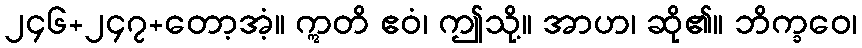
၂၄၆+၂၄၇+တော့အံ့။ ဣတိ ဧဝံ၊ ဤသို့။ အာဟ၊ ဆို၏။ ဘိက္ခဝေ၊